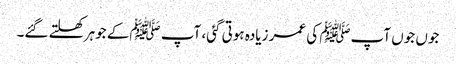
جوں جوں آپﷺ کی عمر زیادہ ہوتی گئی، آپ ﷺکے جوہر کھلتے گئے۔